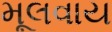
મૂલવાય